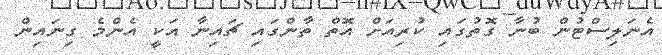
އެނަލިސްޓުން ބުނާ ގޮތުގައި ކުރިއަށް އޮތް ތާންގައި ޗައިނާ އަކީ އެންމެ ގިނައިން